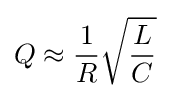
Q\approx {\frac {1}{R}}{\sqrt {\frac {L}{C}}}